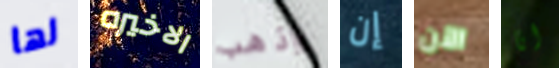
لها الاخيره واذهب إن الآن انا